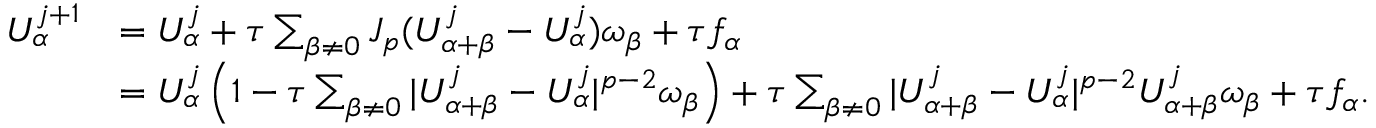
\begin{array} { r l } { U _ { \alpha } ^ { j + 1 } } & { = U _ { \alpha } ^ { j } + \tau \sum _ { \beta \not = 0 } J _ { p } ( U _ { \alpha + \beta } ^ { j } - U _ { \alpha } ^ { j } ) \omega _ { \beta } + \tau f _ { \alpha } } \\ & { = U _ { \alpha } ^ { j } \left( 1 - \tau \sum _ { \beta \not = 0 } | U _ { \alpha + \beta } ^ { j } - U _ { \alpha } ^ { j } | ^ { p - 2 } \omega _ { \beta } \right) + \tau \sum _ { \beta \not = 0 } | U _ { \alpha + \beta } ^ { j } - U _ { \alpha } ^ { j } | ^ { p - 2 } U _ { \alpha + \beta } ^ { j } \omega _ { \beta } + \tau f _ { \alpha } . } \end{array}